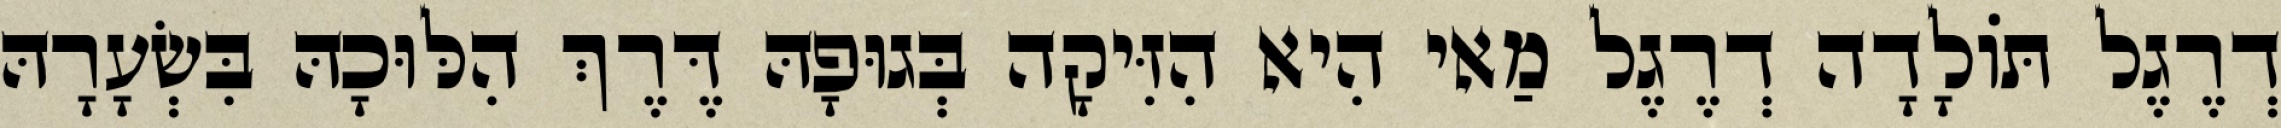
דְרֶגֶל תּוֹלָדָה דְרֶגֶל מַאי הִיא הִזִּיקָה בְּגוּפָהּ דֶּרֶךְ הִלּוּכָהּ בִּשְׂעָרָהּ